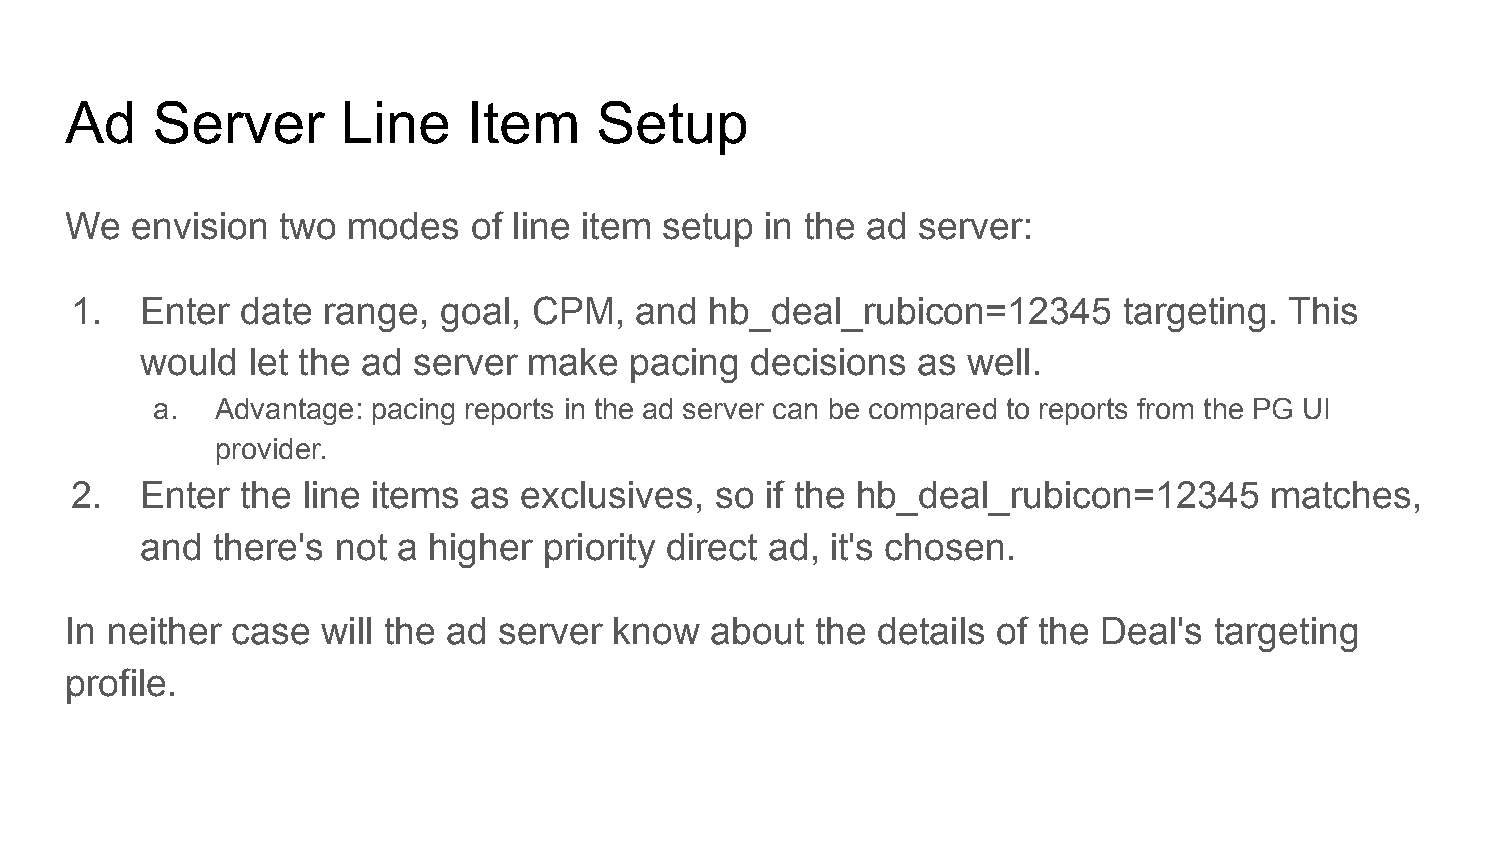
Ad    Server       Line    Item    Setup
 We   envision two  modes   of line item setup  in the ad server:
 1.  Enter  date range,  goal, CPM,   and  hb_deal_rubicon=12345      targeting. This
 would  let the ad server  make   pacing  decisions  as well.
 a.  Advantage: pacing reports in the ad server can be compared to reports from the PG UI
 provider.
 2.  Enter  the line items as  exclusives, so  if the hb_deal_rubicon=12345     matches,
 and  there's not a higher  priority direct ad, it's chosen.
 In neither case  will the ad server  know  about  the details of the Deal's targeting
 profile.